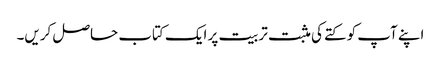
اپنے آپ کو کتے کی مثبت تربیت پر ایک کتاب حاصل کریں۔